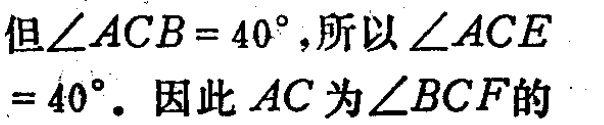
但\(\angle ACB = 40^{\circ}\)，所以\(\angle ACE = 40^{\circ}\)。因此 \(AC\) 为\(\angle BCF\)的